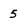
Character: 5